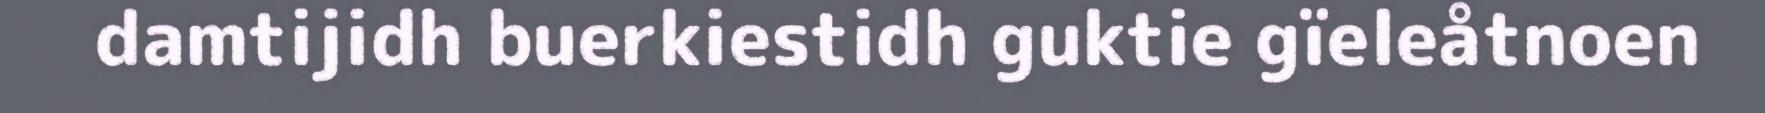
damtijidh buerkiestidh guktie gïeleåtnoen